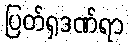
ပြတ်ရှဒဏ်ရာ